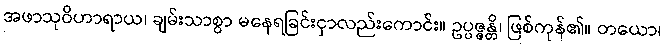
အဖာသုဝိဟာရာယ၊ ချမ်းသာစွာ မနေရခြင်းငှာလည်းကောင်း။ ဥပ္ပဇ္ဇန္တိ၊ ဖြစ်ကုန်၏။ တယော၊